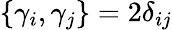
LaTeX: \{ \gamma_{i},\gamma_{j}\} =2\delta_{ij}